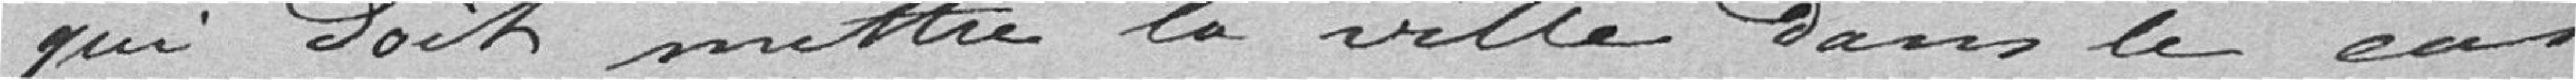
qui doit mettre la ville dans le cas